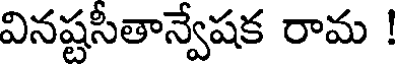
వినష్టసీతాన్వేషక రామ !